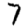
Digit: 7